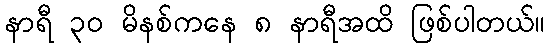
နာရီ ၃၀ မိနစ်ကနေ ၈ နာရီအထိ ဖြစ်ပါတယ်။